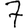
Digit: 7